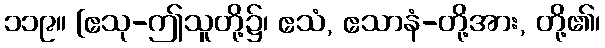
၁၁၉။ [ဧသု-ဤသူတို့၌၊ ဧသံ, ဧသာနံ-တို့အား, တို့၏၊